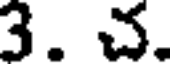
3. చ.